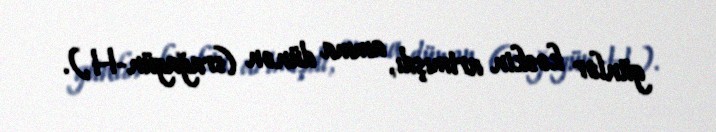
günlər kəskin artmışdı, amma dünən (srağagün-H.).